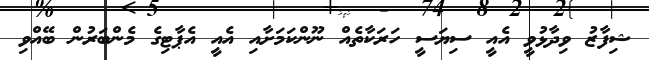
ޝިފާޒު ވިދާޅުވީ އެއީ ސިޔަސީ ހަރަކާތެއް ނޫންކަމަށާއި އެއީ އެޕާޓިގެ މެންބަރުން ބޭއްވި